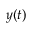
y ( t )